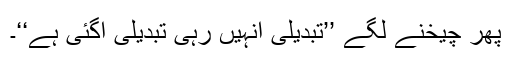
پھر چیخنے لگے ’’تبدیلی آنہیں رہی تبدیلی آگئی ہے‘‘۔